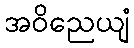
အဝိညေယျံ